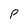
Character: P